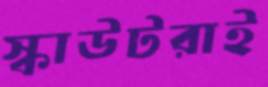
স্কাউটরাই